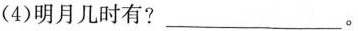
(4)明月几时有?___。